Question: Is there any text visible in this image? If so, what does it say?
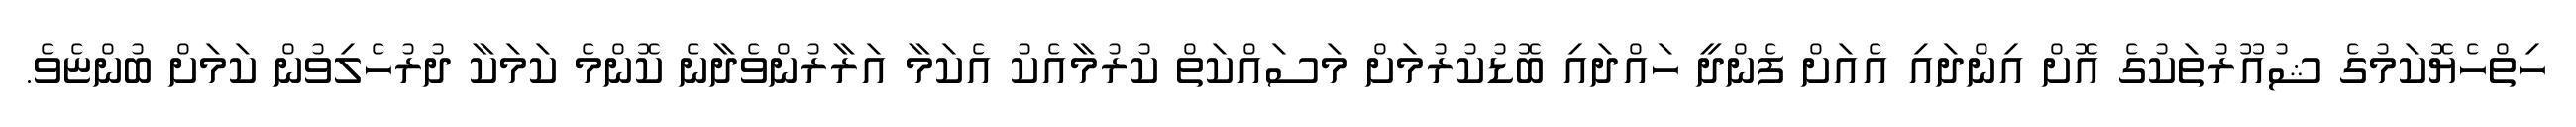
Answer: ހިތްހެޔޮކަމުގެ ޝުއޫރުތަކުގެ އޮށް އިންދައި އެއަށް ފެންދީ ހައްދައި ބޮޑުކުރުމަށް މަސައްކަތް ކުރުމާއެކު އެކަމާ އަރާރުންވެދާނެ ކޮންމެ ކަމަކާ ދުރުހެލިވުން ކަމަށް ބުންޏެވެ.